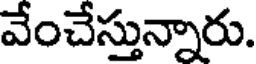
వేంచేస్తున్నారు.